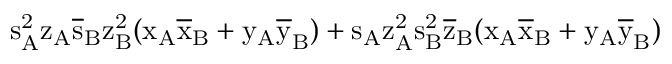
\mathrm { s _ { A } ^ { 2 } \mathrm { z _ { A } \mathrm { \overline { { s } } _ { B } \mathrm { z _ { B } ^ { 2 } ( \mathrm { x _ { A } \mathrm { \overline { { x } } _ { B } + \mathrm { y _ { A } \mathrm { \overline { { y } } _ { B } ) + \mathrm { s _ { A } \mathrm { z _ { A } ^ { 2 } \mathrm { s _ { B } ^ { 2 } \mathrm { \overline { { z } } _ { B } ( \mathrm { x _ { A } \mathrm { \overline { { x } } _ { B } + \mathrm { y _ { A } \mathrm { \overline { { y } } _ { B } ) } } } } } } } } } } } } } } } }